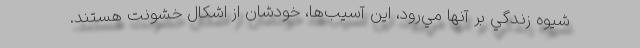
شيوه زندگي بر آنها مي‌رود، اين آسيب‌ها، خودشان از اشكال خشونت هستند.